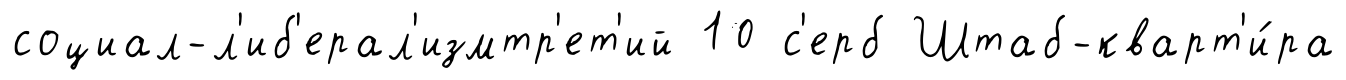
социал-л'иб'ерал'измтр'ет'ий 10 с'ерб Штаб-кварт'и́ра